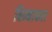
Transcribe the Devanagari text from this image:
बिम्बाफल